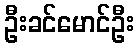
ဦးခင်မောင်ဦး